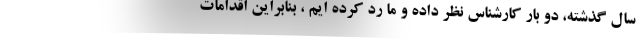
سال گذشته، دو بار کارشناس نظر داده و ما رد کرده ایم ، بنابراین اقدامات